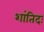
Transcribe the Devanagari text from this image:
शांतिदः